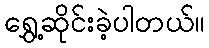
ရွှေ့ဆိုင်းခဲ့ပါတယ်။